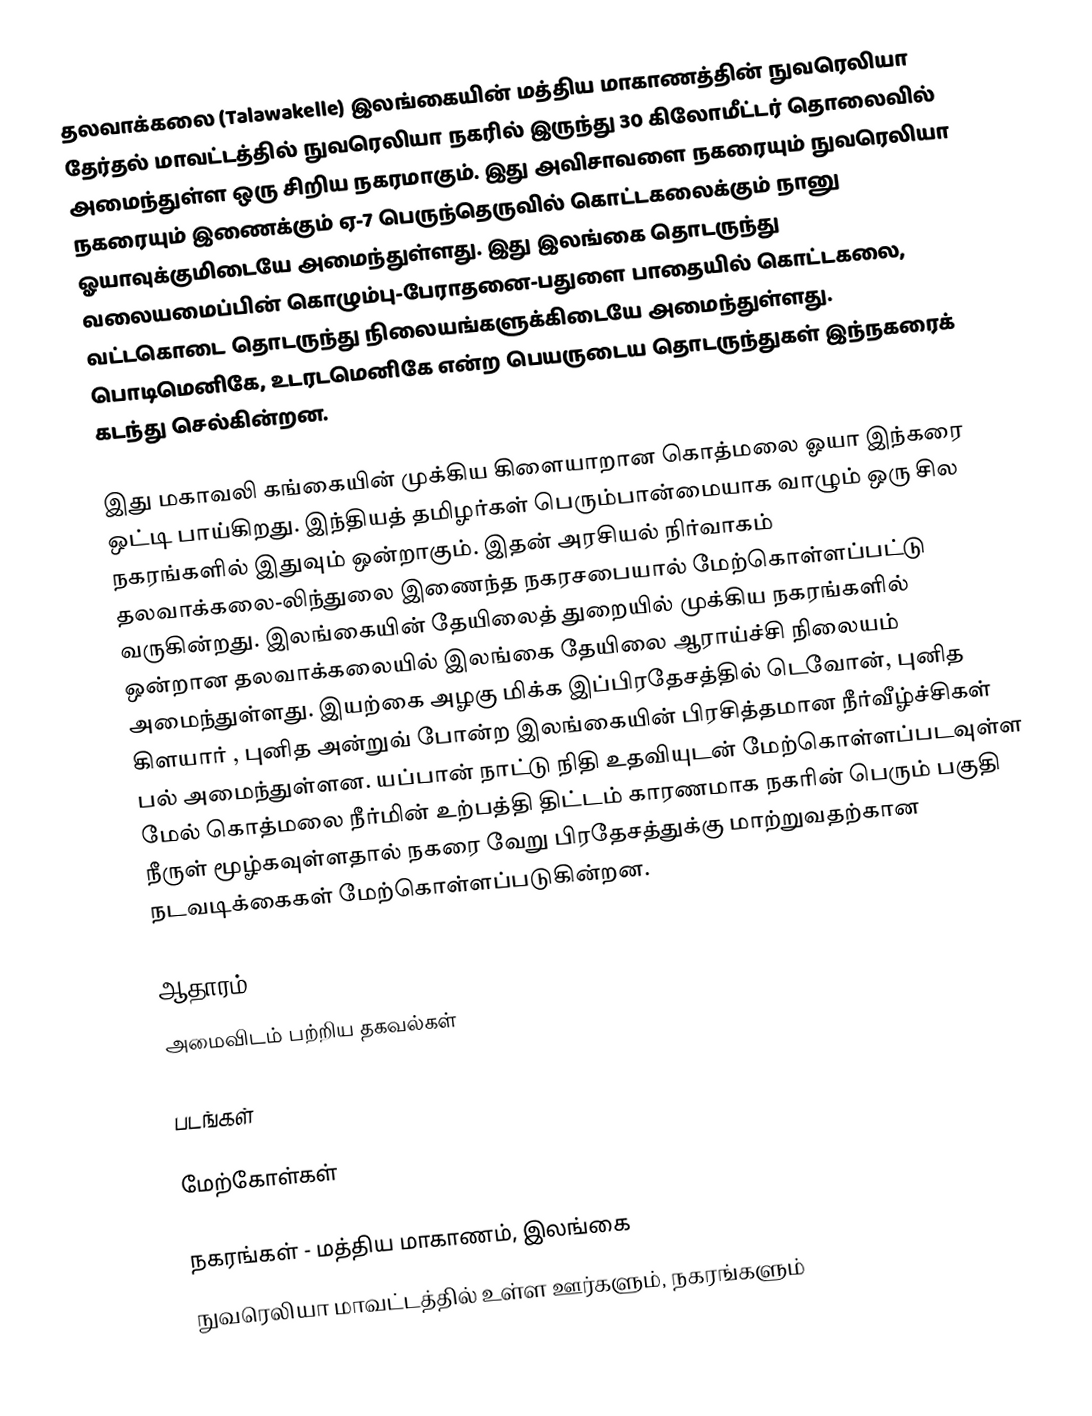
தலவாக்கலை (Talawakelle) இலங்கையின் மத்திய மாகாணத்தின்  நுவரெலியா தேர்தல் மாவட்டத்தில் நுவரெலியா நகரில் இருந்து 30 கிலோமீட்டர் தொலைவில் அமைந்துள்ள ஒரு சிறிய நகரமாகும். இது அவிசாவளை நகரையும் நுவரெலியா நகரையும் இணைக்கும் ஏ-7 பெருந்தெருவில் கொட்டகலைக்கும் நானு ஓயாவுக்குமிடையே அமைந்துள்ளது.  இது இலங்கை தொடருந்து வலையமைப்பின் கொழும்பு-பேராதனை-பதுளை பாதையில் கொட்டகலை, வட்டகொடை தொடருந்து நிலையங்களுக்கிடையே அமைந்துள்ளது. பொடிமெனிகே, உடரடமெனிகே என்ற பெயருடைய தொடருந்துகள் இந்நகரைக் கடந்து செல்கின்றன.

இது மகாவலி கங்கையின் முக்கிய கிளையாறான கொத்மலை ஓயா இந்கரை ஒட்டி பாய்கிறது. இந்தியத் தமிழர்கள் பெரும்பான்மையாக வாழும் ஒரு சில நகரங்களில் இதுவும் ஒன்றாகும். இதன் அரசியல் நிர்வாகம் தலவாக்கலை-லிந்துலை இணைந்த நகரசபையால் மேற்கொள்ளப்பட்டு வருகின்றது. இலங்கையின் தேயிலைத் துறையில் முக்கிய நகரங்களில் ஒன்றான தலவாக்கலையில் இலங்கை தேயிலை ஆராய்ச்சி நிலையம் அமைந்துள்ளது. இயற்கை அழகு மிக்க இப்பிரதேசத்தில் டெவோன், புனித கிளயார் , புனித அன்றுவ் போன்ற இலங்கையின் பிரசித்தமான நீர்வீழ்ச்சிகள் பல் அமைந்துள்ளன. யப்பான்  நாட்டு நிதி உதவியுடன் மேற்கொள்ளப்படவுள்ள மேல் கொத்மலை நீர்மின் உற்பத்தி திட்டம் காரணமாக நகரின் பெரும் பகுதி நீருள் மூழ்கவுள்ளதால் நகரை வேறு பிரதேசத்துக்கு மாற்றுவதற்கான நடவடிக்கைகள் மேற்கொள்ளப்படுகின்றன.

ஆதாரம்
அமைவிடம் பற்றிய தகவல்கள்

படங்கள்

மேற்கோள்கள்

நகரங்கள் - மத்திய மாகாணம், இலங்கை
நுவரெலியா மாவட்டத்தில் உள்ள ஊர்களும், நகரங்களும்